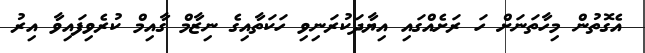
އެގޮތުން މިހާތަނަށް ހަ ރަށެއްގައި އިޔާދަކުރަނިވި ހަކަތާއިގެ ނިޒާމް ގާއިމް ކުރެވިފައިވާ އިރު